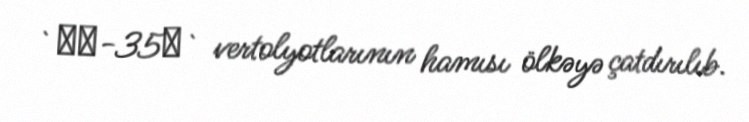
`Ми-35М` vertolyotlarının hamısı ölkəyə çatdırılıb.